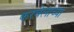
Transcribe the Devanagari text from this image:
करवेलाच्या